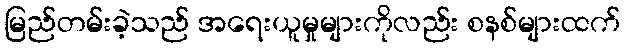
မြည်တမ်းခဲ့သည် အရေးယူမှုများကိုလည်း စနစ်များထက်